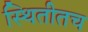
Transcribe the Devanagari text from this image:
स्थितीतच